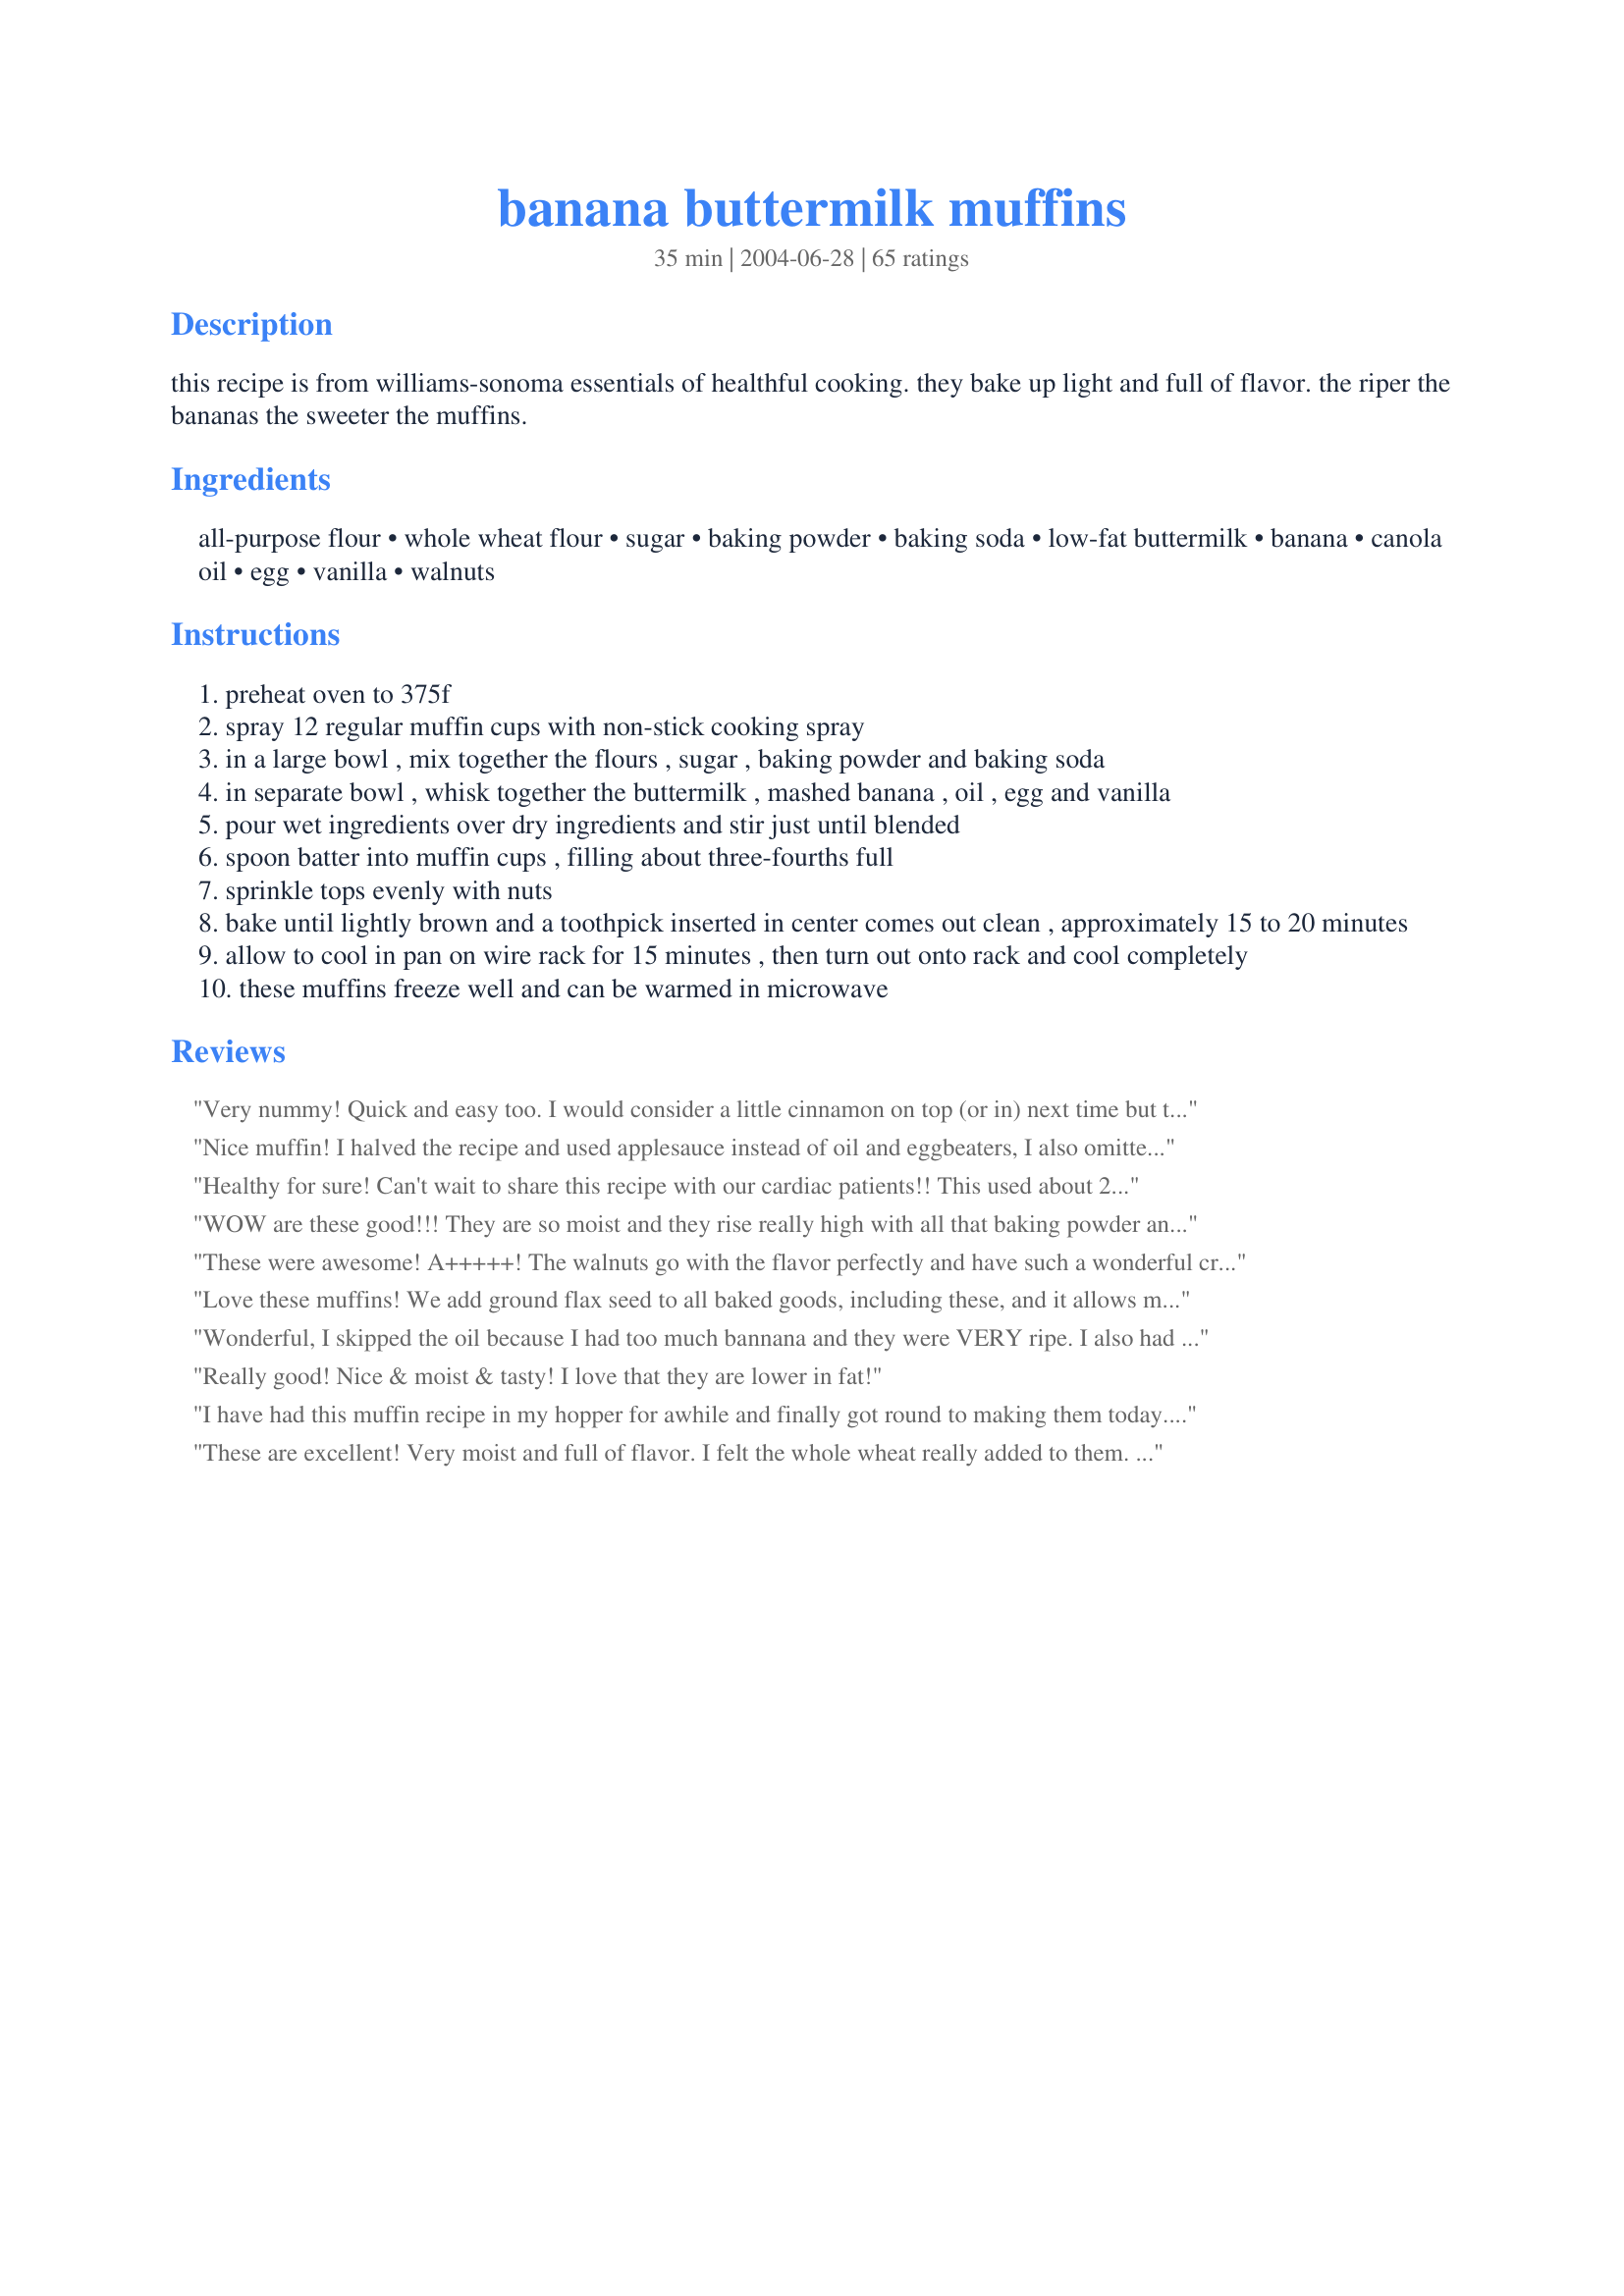
banana buttermilk muffins
Preparation time: 35 minutes

this recipe is from williams-sonoma essentials of healthful cooking. they bake up light and full of flavor. the riper the bananas the sweeter the muffins.

Ingredients:
all-purpose flour, whole wheat flour, sugar, baking powder, baking soda, low-fat buttermilk, banana, canola oil, egg, vanilla, walnuts

Steps:
preheat oven to 375f
spray 12 regular muffin cups with non-stick cooking spray
in a large bowl , mix together the flours , sugar , baking powder and baking soda
in separate bowl , whisk together the buttermilk , mashed banana , oil , egg and vanilla
pour wet ingredients over dry ingredients and stir just until blended
spoon batter into muffin cups , filling about three-fourths full
sprinkle tops evenly with nuts
bake until lightly brown and a toothpick inserted in center comes out clean , approximately 15 to 20 minutes
allow to cool in pan on wire rack for 15 minutes , then turn out onto rack and cool completely
these muffins freeze well and can be warmed in microwave

Reviews:
Very nummy! Quick and easy too.
I would consider a little cinnamon on top (or in) next time but they are great as is!
Thanks!
Nice muffin! I halved the recipe and used applesauce instead of oil and eggbeaters, I also omitted the nuts to make it more WW friendly. The result was 6 wonderfully moist banana muffins. I did add a dash of cinnamon since I love it! Great recipe that turned out to be 2.5 pts. with my adjustments. Thanks!
Healthy for sure! Can't wait to share this recipe with our cardiac patients!! This used about 2 medium-sized bananas. Instead of oil, I used two large tablespoons of unsweetened applesauce. On the top, I used a mixture of 1/4 c. chopped pecans, 1 tsp. cinnamon/sugar and 1/4 c. oats. Next time (there will be a next time!) I will add 1/2-1 tsp. cinnamon or pumpkin pie spice to the batter and will consider 1/2 tsp. of salt. Thank you for a recipe that makes me feel great to serve to my family!! :-)
WOW are these good!!! They are so moist and they rise really high with all that baking powder and soda in them! You could never tell that there is no butter or heavy fats to these!!! They created really yummy "muffin tops", Elaine would be proud!! These are so so good with the nuts baked on top, they're better than banana bread! I used equal amounts of walnuts, pecans, and salted macadamia nuts all crushed together for good flavor and different textures. I will definitely make these again, thanks PaulaG!!!
These were awesome! A+++++! The walnuts go with the flavor perfectly and have such a wonderful crunch. The muffins themselves were moist and light. Definitely will be making again! Thanks so much for posting!
Love these muffins! We add ground flax seed to all baked goods, including these, and it allows me to reduce the oil to 1 tsp. Sometimes I grind up frozen chocolate chips to mix in. We always use pecans on top -- absolutely delicious! Thanks!
Wonderful, I skipped the oil because I had too much bannana and they were VERY ripe. I also had added some apple chunks (also aging in the fridge), some raisans (cause by this time a more fruit sounded more yummy) and the suggested peacans. I'm softening the lowfat cream cheese now:)
Really good! Nice & moist & tasty! I love that they are lower in fat!
I have had this muffin recipe in my hopper for awhile and finally got round to making them today.
The result is great, lovely moist banana muffin, thanks for sharing.
These are excellent! Very moist and full of flavor. I felt the whole wheat really added to them. It gave them a little more substance and flavor then a traditional banana muffin. My kids loved them, and they thought the nuts sprinkled on top were neat. This one is a keeper, Paula! Thanks so much for sharing it!
These were pretty good muffins. Not too sweet, might add slightly more sugar next time. (And I did have some really ripe bananas.) Overall, easy to make and good for a quick breakfast.
These are awesome! Everyone loved them. I used the 1/4 splenda and 1/4 sugar, they turned out great. Next time I'll double! Thank you!
Kellie
Great Muffins. I made a triple batch, only cooking a dozen and freezing the rest of the batter. When I used the thawed batter, the muffins turned out better than ever and I was able to bring them to an early morning meeting. Everybody loved them. I decorated each with a few chocolate chips. I most certainly prefer a muffin made with buttermilk over oil. Thanks
the great thing about these is how well - constructed the recipe is. I substituted the bananas for butternut squash puree and added a bunch of crystallized ginger. They have very little fat (I used olive oil and they tasted great), and a very reasonable amount of sugar. Light, Fluffy, Moist, and healthy - my favorite combo for muffins!
These are unbelievably good--almost like a more healthful version of cupcakes--DH and I loved them!! I made only minor changes to the recipe: I used all whole wheat pastry flour instead of the a/p and w/w flours, sodium-free baking powder rather than regular baking powder (sodium-free baking powder acts the same as the regular kind, but doesn't add any sodium), and pecans in place of the walnuts...and the muffins turned out fantastic! This is definitely a recipe I'll make again! Thanks so much for sharing it PaulaG!!
These are very good! I added chopped dates. They are very moist and I would definately make them again.
With a couple of minor exceptions these were made just as written. I used all Splenda for the sugar and I added the nuts into the batter just out of personal preference. I chose to make little bite size mini muffins and they came out so cute :D. They are simply yummy, light textured and very moist. You just can't go wrong with this recipe.
These muffins are wonderful! A &quot;keeper&quot; recipe for sure. I am not a Banana Bread or Muffin fan but this recipe has changed my mind. I added the nuts into the batter and they came out perfect. Even my Husband loved them (he doesn&#039;t like whole wheat or Splenda) but he went back for another. You really can&#039;t tell that either of these ingredients are in these wonderful muffins. Thank you for posting this recipe!
Great muffins! Not too sweet, these were perfect and were still nice and moist the next day. I used soured soy milk. Will definitely make again!
I made this as loaf. I also added wheatgerm since I wasn't going to add any nuts (school lunch). I absolutely loved it! Even picky eater ate it. Definitely a keeper. Thanks for sharing. I didn't add cinnamon too but I think it would still have been fantastic without it. Very easy to make too.
Really good! I used whole wheat pastry flour in place of the white flour & added 1/2 cup brown sugar. I used 1/2 cup Splenda & added 1 tsp cinn. I also used applesauce for the oil. Moist & a little dense; a definate keeper!
These were a big hit with the kids! They had a nice amount of sweetness without tasting sugary, were moist without being heavy, and the flecks of banana served to disguise the ground flax I added. ;o) We had enough to make 12 full size muffins and 24 mini-muffins. They are also great fresh out of the oven with butter melting on them ~ would be great for a weekend brunch! None of them stayed around long enough to try freezing <grin> but the girls have already requested the mini-muffins for our next long car trip. Thanks so much for posting!
Outstanding muffins. I used milk with vinegar added for the buttermilk and used all purpose flour for both amounts of flour. I added milk chocolate chips and mine were done at exactly 17 minutes. My kids loved these so much that they asked me to go out and buy more bananas right away so I could make more. I did not measure the banana, just used 2 bananas. The first time I made them I got 15 and the second time I got 17 muffins. I think I used bigger bananas the second time. Thanks for a great recipe.
This was a good for you and good tasting muffin. They were tasty without being overly sweet. I especially liked liked the fact that they were low in calories because part of the small amount of sugar used was Splenda.
These worked fabulously ! They did stick to the papers but that was not a problem here. DS ate about 6 in one sitting. I omitted the nuts as he is not a big fan. Very yummy indeed.
AMAZING! Easy, fluffy.. I didn't do the topping.
I had two overly ripe bananas and some buttermilk that needed to be used up. So when I came across this recipe I hit the jackpot. I didn&#039;t have any, but DH had two with dinner tonight. He gave them 4 stars.
I've tried many of PaulaG's muffin recipes and this may be one of the best. :) I reduced the oil to 1 tablespoon and replaced the other with prune baby food, and egg substitute for the egg. Also did the half sugar-half Splenda combination as noted in the chef's comments. They were crispy chewy on the outside and soft, tender and flavorful on the outside. Thanks!
A bit on the bland side, and a tad bit dry as they stick to the muffin cups a lot.
Yum! I used all splenda (making them for some diabetic friends) and all whole wheat pastry flour. I also used Oklahoma pecans (of which I, luckily, have a ton right now!) and these turned out great. I gave most away and the people who received them were thrilled. I did save enough for us to enjoy, though. Thanks for another healthy one Paula!
I swapped the egg for a T of ground flaxseed, added chocolate chips, and added a bit of cinnamon and they turned out beautifully!
I added a small amount of crumbs by mixing some flour (1) cup butter (cold 1/2 cup) spenda (1/4 cup) and some vanilla (1 tsp). sprinkle on top before baking. Use about a tsp per muffin.&lt;br/&gt;This is a great recipe. Imagine it with a nice steamy cup of coffee or tea:-), then make it and enjoy!!
this was a very light muffin. good flavor too. i put walnuts in and used only whole wheat flour and some bran to up the fiber. mine cooked up perfectly in 15 min. and i put less sugar in since my banana's were very ripe. and i also added some cinnamon as suggested by another poster.. very nice.
thanks for a delicious healthy treat.
I thought this was a 5 Star recipe, once you change it up a little. Quick Oats for the whole wheat flour, brown sugar for the white, 1/2 c. chopped pecans in the batter as well as on top, 2t vanilla, 1/2t cinnamon, 1/4t nutmeg, dash salt, and add 1/2 c. shredded coconut. Light, fluffy, flavorful muffins!
Delicious! I mixed the nuts into the batter and sprinkled more on top. Surprisingly light and fluffy. I made these again, substituting mango for banana. Also excellent!
This is an excellent recipe! I made the following changes, used Splenda brown sugar blend, but only 1/4 cup; used 4 overripe bananas, really black on the outside; added blueberries (either dried or frozen work); for the ground nuts on top, I added a scant 1/2 tsp splenda brown sugar when I ground them. This added some extra sweetness to the muffins without adding extra sugar to the batter. People rave about them.
Wonderful! I also used all Splenda and added a little cinnamon and a chopped apple. The hubby loved them.I made 12 regular and 12 mini muffins out of this. Thanks for a great recipe!
These were just great! I added a little freshly grated coconut and some pineapple pcs too to the batter and the results were much appreciated by the bunch of people who ate them. They were gone in a jiffy. Thanks. :) Fay
My son says AWSOME! He is a diabetic and I used splenda. Thank you for a great muffin recipe. I will be making this often.
This really deserved 5 stars, but when I started making this recipe, I underestimated the amount of banana that I had on had and did not any buttermilk so I had to make some modifications. I combined 2tsp of vinegar with 1 cup of milk to sub for the buttermilk and I mashed the banana that I had and added thawed, frozen strawberries to make 1 cup. The muffins turned out wonderfully. I can't wait to try it with just banana. Thank you for such a versatile recipe!
I used only all purpose flour. I used half walnuts and half pecans. I toasted them before. I cooked the muffins for about 19-20 minutes. They're moist and very tasty. Thanks Paula :) Made for Zaar Star Game.
I've made these muffins twice, and both batches were delicious. The first time I followed the recipe exactly and they were great; but the second time I decided to make them as Chunky Monkey Muffins. I cut the bananas in small chunks, added some chunks of 70% chocolate chopped from a bar, and increased the walnuts to one cup (coarsly broken). Both versions were delicious. Thanks Paula for sharing a great recipe.
Just had a tiny taste of these muffins, and they were moist, springy, nice, but a bit sweet for my taste. I will definitely make these again except for reducing the sugar a little bit. Added 1/2 tsp of salt, white choc chips to some, choc chips to another portions, and left the rest plain with no nuts, and baked them in mini muffins tins. Thank you for sharing.
Very easy tasty recipe, I added 1/2 tsp of cinnamon and 1/4 psyllum in place of the whole wheat flour, cut the sugar to a 1/4 cup. Very nice texture and enjoyed by all. Will mae again for sure - thanks
Great recipe. Made exactly like written. Thanks for submitting.
I thought these muffins were delicious! However, I did make a few changes. Instead of 1/2 c sugar, I used 1/4 c sugar and 1/4 c brown sugar. I also toasted the walnuts and added them to the batter as opposed to on top. I also added a few sprinkles of cinnamon and before throwing in the oven, I sprinkled the tops lightly with sugar in the raw.
ok I cut back the sugar and added applesauce and they were blaaaannnd think I'll add some choc pudding on top! :)
We really enjoyed these muffins, just warm enough to melt some butter, along with a cup of java for a quick breakfast! They're light, moist & not overly aweet. Thanx for another winner Paula!
These banana muffins turned out very nice, as I expected a Paula G recipe to. I got up early this morning (not that much) and started making these. My daughter and I were able to enjoy them with breakfast. The cat was interested, too, but we didn&#039;t give him any. I did leave out the vanilla, and added 1/4 teaspoon salt, because of personal preference. (I kind of think my daughter would have preferred the vanilla.) Anyway, thank you for another lovely recipe.
I tried honey in place of the sugar then added nuts & raisens...oh boy they disappeared!
I made it as both muffins as well as cake!! Every1 loved it at home..! Its been three days and yet I am begged to make it again!! Simply splendid recipe! So soft..SOooo yumm! haha! And this was my first try in baking anything for the first time in my life! :D So much more happier! Love you for sharing this recipe..! I tweaked it a bit tho&#039;.. instead of buttermilk.. I added milk.. But still it tasted marvellous!! Thank you!! :D
Mmmm, what a delish recipe! YUM, YUM, YUM! I made these with my sis and we could not stop eating them! The muffins were fluffy and soft on the inside with a little crunch from the nuts and so much flavour! I used no sugar at all as my bananas were super sweet and that worked out really well. I like that these are relatively healthy for a muffin and Ill certainly make them again.<br/>THANK YOU SO MUCH for sharing another real keeper with, Paula!<br/>Made and reviewed for I Recommend Tag July 2011.
A banana muffin that saves on fat grams but not on flavor is to be appreciated. I enjoyed making this recipe with my seven-year old; we both thought the result tasted great. We used 1 and 1/4 cups all-purpose flour with a 1/2 cup whole wheat. These muffins are moist with a nice banana flavor. Thank you, PaulaG, for sharing a new favorite!
They were very good but next time I will add some raisins or substitute applesauce for the oil.They need a little something to make them 5 star. I didn&#039;t have a problem with them sticking to the paper.
I have to make corrections on my review. The muffins weren't so good at all. No banana flavor, it just look good. I guess that's what you get if you don't have butter in the recipe. The flavor of the banana wasn't enhanced. For someone who's a health nut. This is for you if you want to have a taste of banana muffin
I give it 2 stars. The texture was nice but it was so incredibly bland. It didn't taste like anything.
excellent.They were tender and had a really good crumb. Can't even tell they are low-fat. I made a couple of changes I used White Whole Wheat Flour from Trader Joes for all of the flour listed. I used light brown sugar for the sugar and I didn't have any nuts. This recipe is a keeper.
Very moist! I put the pecans IN the batter instead of on top. I also used brown sugar and Splenda.
These are a very light and fluffy muffin which is nice but I found them to be very bland despite the fact that I used very ripe banannas. They stuck to the muffin papers so if I make them again I will do them in the pan with no liner. I did use chopped walnuts on top and that was a nice addition. Thanks for sharing.
Very light as stated, and slightly sweet. I don't think I'd add more sugar, but would add a pinch of salt. I put the nuts in the batter AND sprinkled some on top. Also used pecans because that's what I had. Happy to have found a way to use leftover buttermilk!
I just made these muffins (my fingers are a little burned because I ate them straight from the oven) and they were delicious! My 2 year old sister helped me and she enjoyed them too. We never had banana muffins before but I think we will make them again :) <br/>Thank you for posting this recipe!
These were absolutely delicious! I used 1/4 cup honey and 10 packets of Equal sweetner because that's what I had. I also am lactose intolerant so I used Soy Milk instead of buttermilk. They also needed to be cooked a little longer than recommended. Everyone I shared them with loved them, even though they normally eat sugar and milk!!!
These were tasty muffins!! Didn't use any walnuts (allergies) and used low-fat milk with added lemon juice. Also added some chocolate kisses!! Thanks Paula! :)
A wonderful banana muffin, tender, light and a little sweet that just happens to be pretty healthy with whole wheat flour and just a bit of oil. Skipped the nuts, but I do like the idea of sprinkling them on top. Very tasty and sure to be a regular at our house. Thanks PaulaG, for a great recipe!
This is one of the few healthy muffin recipes I plan on making again. They're just sweet enough, yet very nutritious. Overripe bananas are a must. My sister made them with ready-to-eat bananas, and found the muffins lacking. When I made these, I added 1/8 cup each ground flax seed and wheat germ. I used 1/2 cup unsweetened applesauce in place of the buttermilk (no dairy) and used olive oil for the oil. They were awesome! Thanks!
